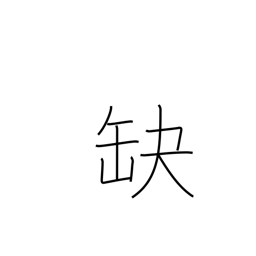
Meaning: fail